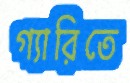
গ্যারিতে